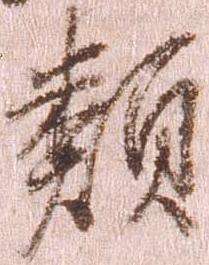
類